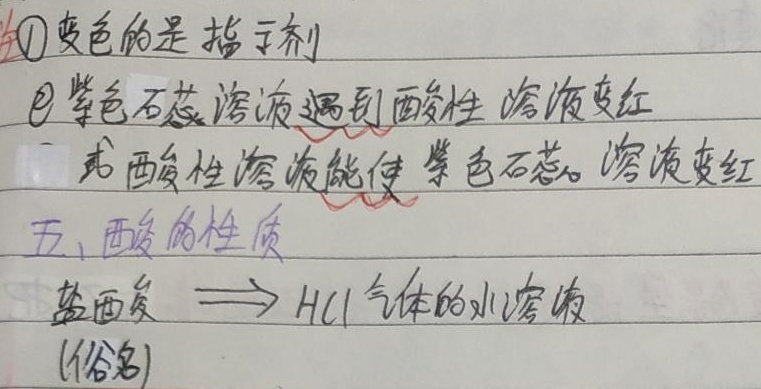
\textcircled{1} 变色的是指示剂。\textcircled{2} 紫色石蕊溶液遇到酸性溶液变红或酸性溶液能使紫色石蕊溶液变红。

五、酸的性质
盐酸 $\longrightarrow$ $\ce{HCl}$ 气体的水溶液(俗名)